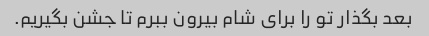
بعد بگذار تو را برای شام بیرون ببرم تا جشن بگیریم.